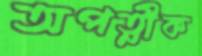
অপত্নীক